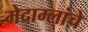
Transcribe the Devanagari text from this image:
मेदाम्लांचे